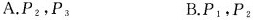
A.P_{2}，P_{3} B.P_{1}，P_{2}